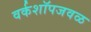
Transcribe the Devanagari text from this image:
वर्कशॉपजवळ